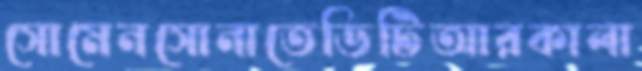
সোমেনসোনাতেডিটিআরকালা